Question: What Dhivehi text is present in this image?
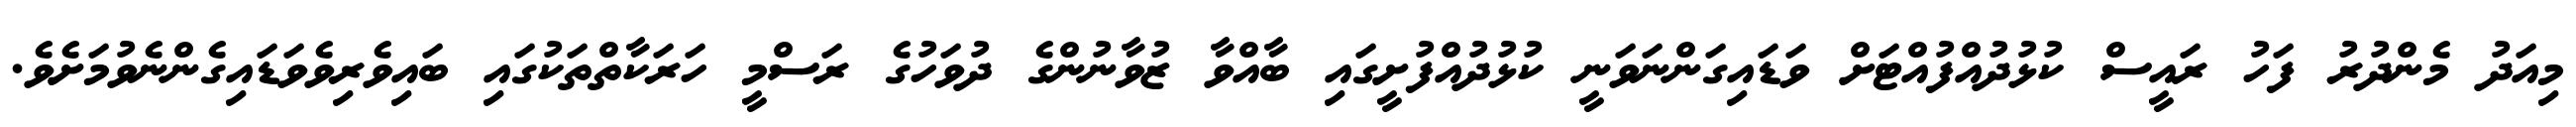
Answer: މިއަދު މެންދުރު ފަހު ރައީސް ކުޅުދުއްފުއްޓަށް ވަޑައިގަންނަވަނީ ކުޅުދުއްފުށީގައި ބާއްވާ ޒުވާނުންގެ ދުވަހުގެ ރަސްމީ ހަރަކާތްތަކުގައި ބައިވެރިވެވަޑައިގެންނެވުމަށެވެ.